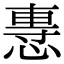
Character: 𢞯